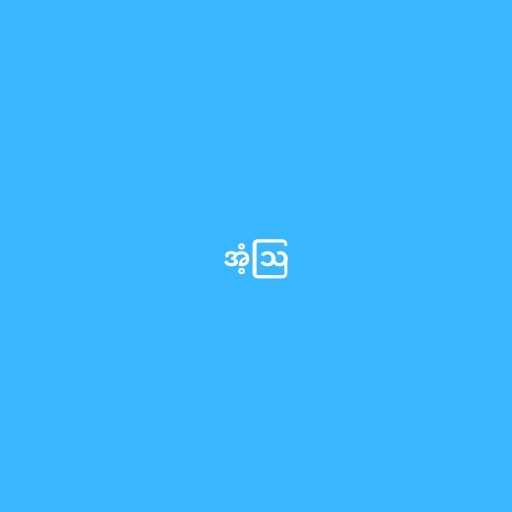
အံ့ဩ